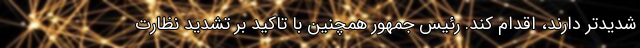
شدیدتر دارند، اقدام کند. رئیس جمهور همچنین با تاکید بر تشدید نظارت